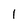
Character: 1